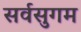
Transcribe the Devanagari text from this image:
सर्वसुगम